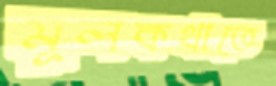
মূলকথাতে